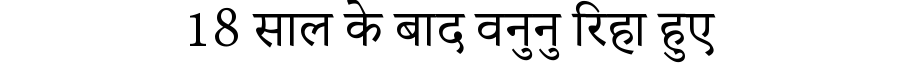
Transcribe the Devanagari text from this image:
18 साल के बाद वनुनु रिहा हुए